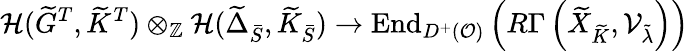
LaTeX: {\mathcal H}(\widetilde{G}^{T},\widetilde{K}^{T})\otimes_{{\mathbb Z}}{\mathcal H}(\widetilde{\Delta}_{\bar{S}},\widetilde{K}_{\bar{S}})\to\mathrm{End}_{D^{+}({\mathcal O})}\left(R\Gamma\left(\widetilde{X}_{\widetilde{K}},{\mathcal V}_{\tilde{\lambda}}\right)\right)